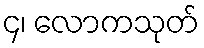
၄၊ လောကသုတ်